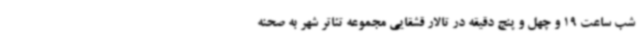
شب ساعت 19 و چهل و پنج دقیقه در تالار قشقایی مجموعه تئاتر شهر به صحنه